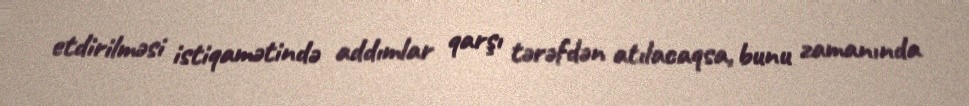
etdirilməsi istiqamətində addımlar qarşı tərəfdən atılacaqsa, bunu zamanında